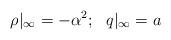
LaTeX: \begin{align*}\rho |_{\infty} =-{\alpha^{2} }; \ \ q|_{\infty}=a\end{align*}